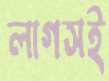
লাগসই